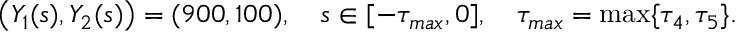
\left( Y _ { 1 } ( s ) , Y _ { 2 } ( s ) \right) = ( 9 0 0 , 1 0 0 ) , \quad s \in [ - \tau _ { m a x } , 0 ] , \quad \tau _ { m a x } = \operatorname* { m a x } \{ \tau _ { 4 } , \tau _ { 5 } \} .